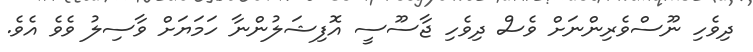
ދިވެހި ނޫސްވެރިންނަށް ވެސް ދިވެހި ޖާސޫސީ އޮފިޝަލުންނާ ހަމަޔަށް ވާސިލު ވެވެ އެވެ.